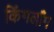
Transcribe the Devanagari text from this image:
किंगलाँग